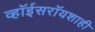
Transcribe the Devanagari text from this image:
व्हॉईसरॉयशाही